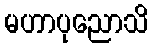
မဟာပုညောသိ